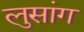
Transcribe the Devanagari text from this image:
लुसांग